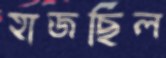
হাজছিল